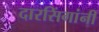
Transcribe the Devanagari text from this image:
दारसिंगांनी